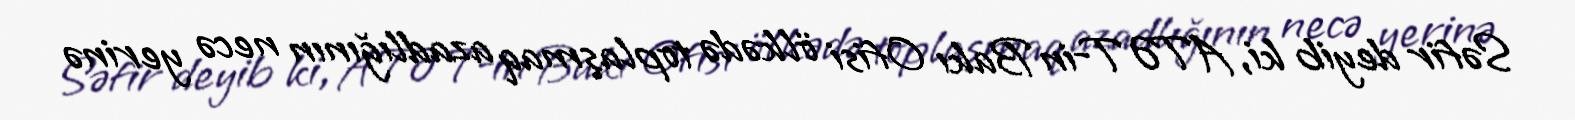
Səfir deyib ki, ATƏT-in Bakı Ofisi ölkədə toplaşmaq azadlığının necə yerinə